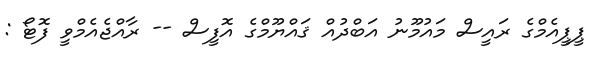
ޕީޕީއެމްގެ ރައީސް މައުމޫނު އަބްދުއް ޤައްޔޫމްގެ އޮފީސް -- ރާއްޖެއެމްވީ ފޮޓޯ :